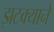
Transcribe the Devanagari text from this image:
झटक्‍याने